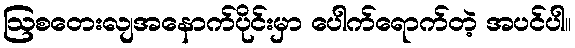
ဩစတေးလျအနောက်ပိုင်းမှာ ပေါက်ရောက်တဲ့ အပင်ပါ။